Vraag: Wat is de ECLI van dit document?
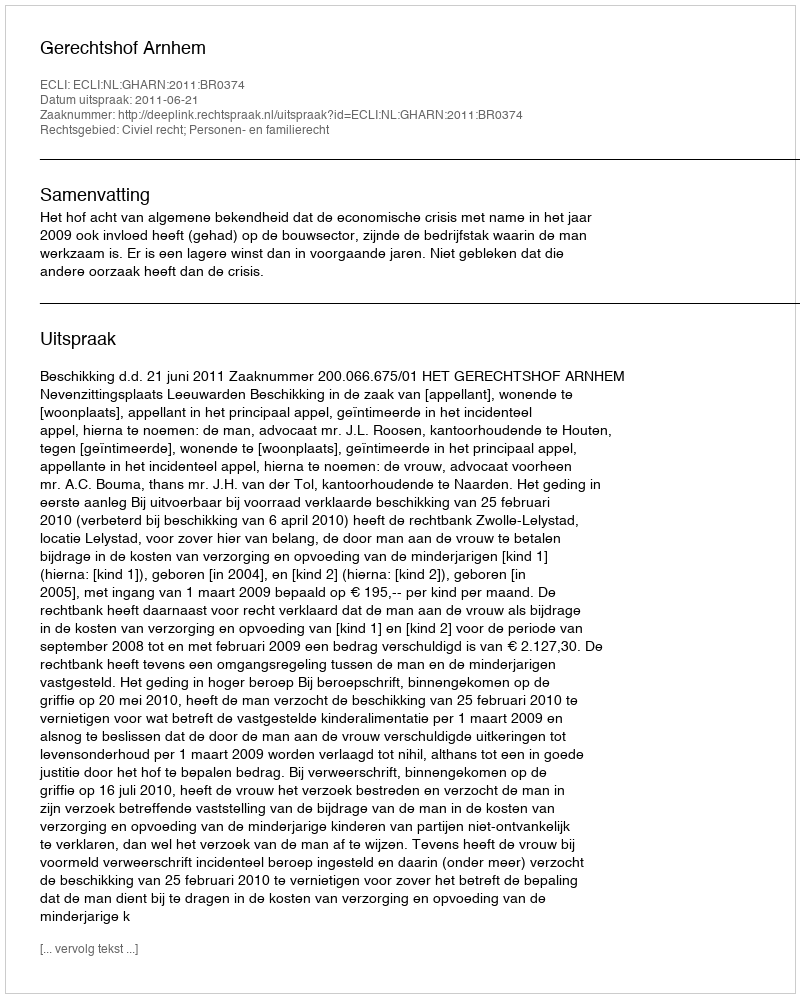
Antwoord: ECLI:NL:GHARN:2011:BR0374